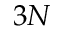
3 N